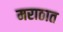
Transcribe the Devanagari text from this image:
मराठात